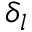
\delta _ { l }